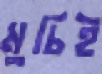
মুচিই